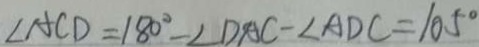
\angle A C D = 1 8 0 ^ { \circ } - \angle D A C - \angle A D C = 1 0 5 ^ { \circ }